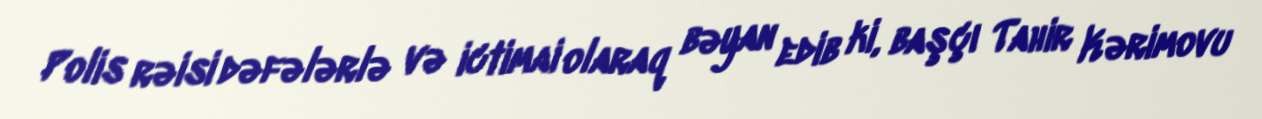
Polis rəisi dəfələrlə və ictimai olaraq bəyan edib ki, başçı Tahir Kərimovu